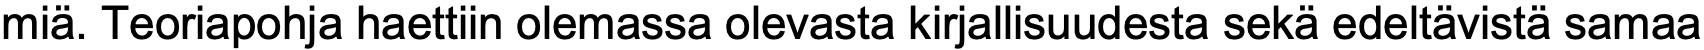
miä. Teoriapohja haettiin olemassa olevasta kirjallisuudesta sekä edeltävistä samaa